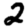
Digit: 2